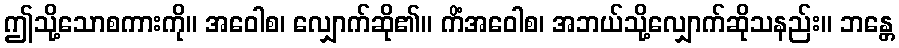
ဤသို့သောစကားကို။ အဝေါစ၊ လျှောက်ဆို၏။ ကိံအဝေါစ၊ အဘယ်သို့လျှောက်ဆိုသနည်း။ ဘန္တေ